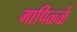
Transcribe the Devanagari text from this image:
मापिळ्ळे